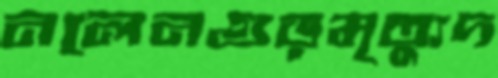
নলেনগুড়মৃত্যুদ